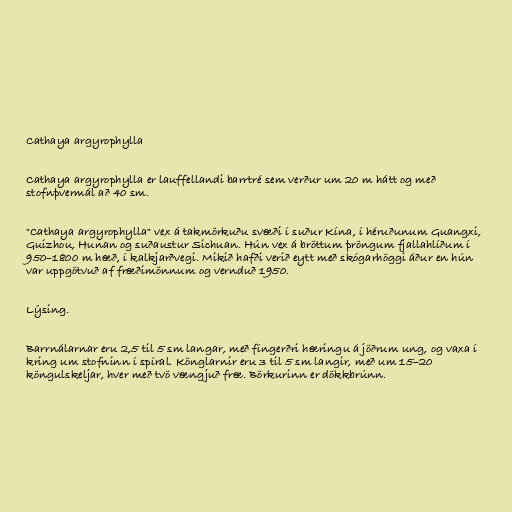
Cathaya argyrophylla

Cathaya argyrophylla er lauffellandi barrtré sem verður um 20 m hátt og með
stofnþvermál að 40 sm.

"Cathaya argyrophylla" vex á takmörkuðu svæði í suður Kína, í héruðunum Guangxi,
Guizhou, Hunan og suðaustur Sichuan. Hún vex á bröttum þröngum fjallahlíðum í
950–1800 m hæð, í kalkjarðvegi. Mikið hafði verið eytt með skógarhöggi áður en hún
var uppgötvuð af fræðimönnum og vernduð 1950.

Lýsing.

Barrnálarnar eru 2,5 til 5 sm langar, með fíngerðri hæringu á jöðrum ung, og vaxa í
kring um stofninn í spíral. Könglarnir eru 3 til 5 sm langir, með um 15–20
köngulskeljar, hver með tvö vængjuð fræ. Börkurinn er dökkbrúnn.